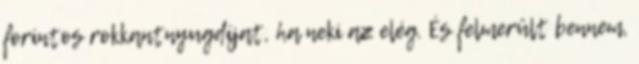
forintos rokkantnyugdíjat, ha neki az elég. És felmerült bennem,